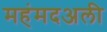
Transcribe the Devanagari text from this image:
महंमदअली